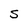
Character: S